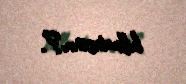
bilmirsən?.